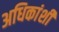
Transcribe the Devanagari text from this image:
अधिकांशी